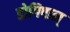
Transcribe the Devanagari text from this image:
डोगिपाल्